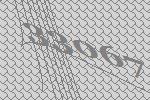
33067